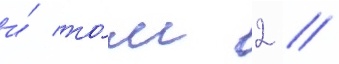
и́ то́м 2 //